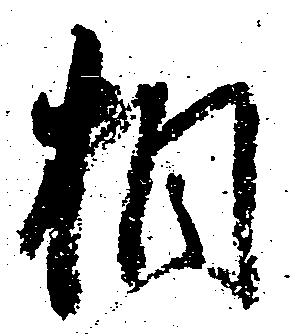
相